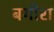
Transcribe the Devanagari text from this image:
बगीरा